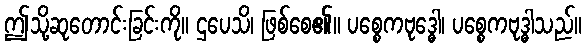
ဤသို့ဆုတောင်းခြင်းကို။ ဌပေသိ၊ ဖြစ်စေ၏။ ပစ္စေကဗုဒ္ဓေါ၊ ပစ္စေကဗုဒ္ဓါသည်။